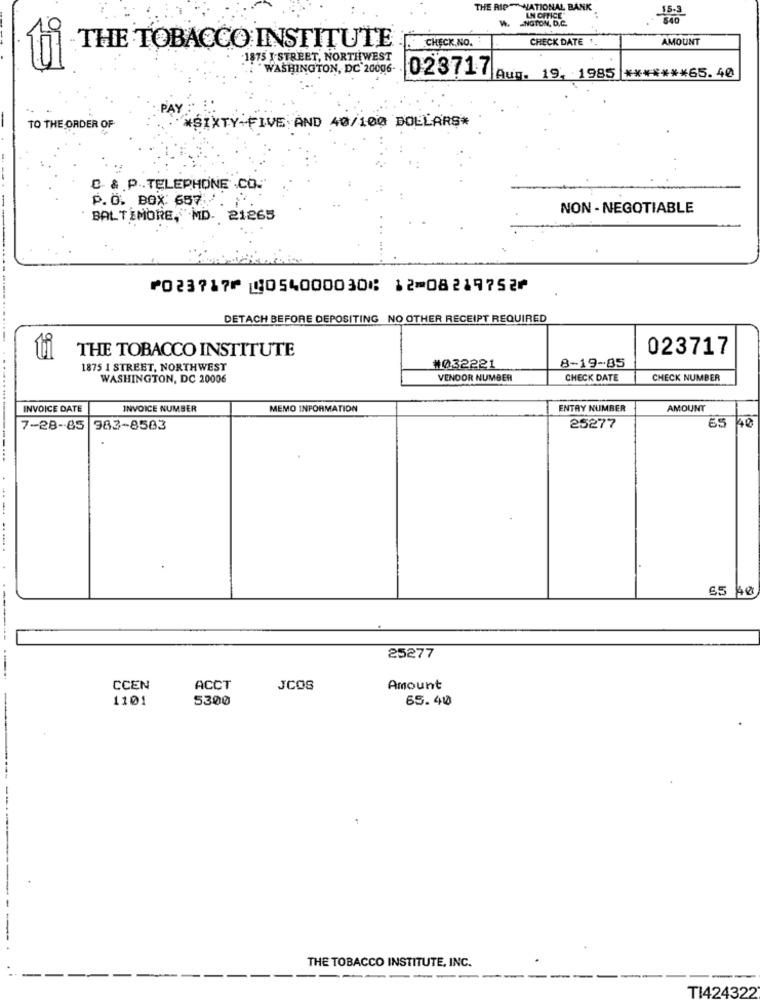
THE RIP
NATIONAL BANK
15.3
INGTON, D.C.
LN OFFICE"
840
CHECK DATE 1.
AMOUNT
THE TOBACCO INSTITUTE
CHECK, NO.
:1875 } STREET, NORTHWEST
WASHINGTON, DC 20006-
023717 A. 19, 1985 ******* 65.40
PAY
TO THE ORDER OF
*SIXTY FIVE AND 40/100 DOLLARS*
C & P .. TELEPHONE .CO.
P.O. BOX: 687:
NON- NEGOTIABLE
BALTIMORE, MD. 21265
⑈023717⑈ ⑆054000030⑆ 12⑉08219752⑈
DETACH BEFORE DEPOSITING NO OTHER RECEIPT REQUIRED
THE TOBACCO INSTITUTE
023717
1875 I STREET, NORTHWEST
#032221
8-19-85
WASHINGTON, DC 20006
VENDOR NUMBER
CHECK DATE
CHECK NUMBER
INVOICE DATE
INVOICE NUMBER
MEMO INFORMATION
ENTRY NUMBER
AMOUNT
65
40
7-28-85 983-8583
25277
65
40
25277
CCEN
ACCT
JCOS
Amount
1101
5300
65.40
THE TOBACCO INSTITUTE, INC.
-
---
TI424322